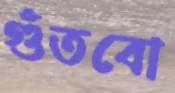
গুঁতবো